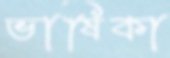
ভাষিকা